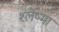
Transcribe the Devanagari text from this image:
श्‍लेष्‍मा